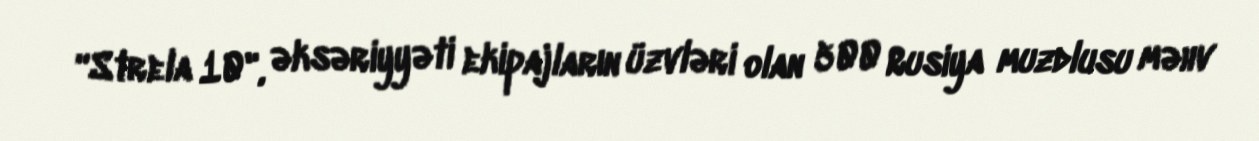
“Strela 10", əksəriyyəti ekipajların üzvləri olan 500 Rusiya muzdlusu məhv